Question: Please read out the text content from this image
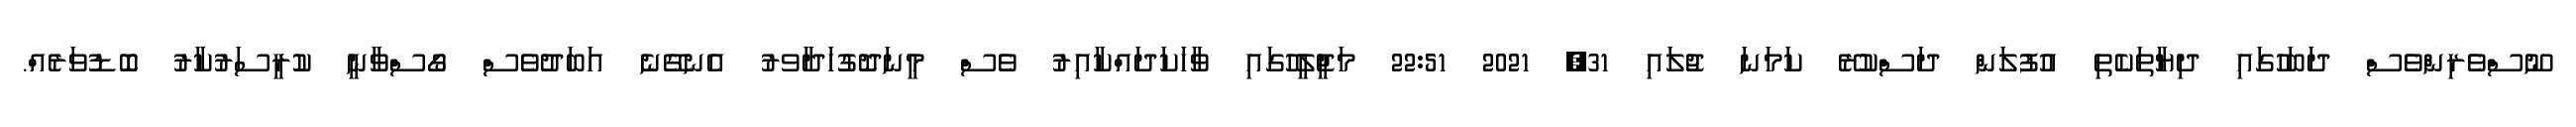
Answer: ނޫސްވެރިންވެސް ދަބަހުގައި ދިޔާތަކެތި އުފުލަން ދަސްކުރޭ ކަމަނަ ޖުލައި 31, 2021 22:51 މަޖީލީހުގައި ވާހަކަދައްކާއިރު ވެސް މީނަދޮގުހަދާވރު އެނގޭނެ އަބަދުވެސް ގޯސްވާނީ ކުރީސަރުކާރު ބޮޑުވަރެއް.